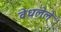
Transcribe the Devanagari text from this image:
वेधलेले